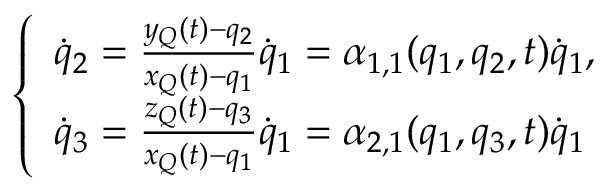
\left\{ \begin{array} { l } { { \dot { q } } _ { 2 } = \frac { y _ { Q } ( t ) - q _ { 2 } } { x _ { Q } ( t ) - q _ { 1 } } { \dot { q } } _ { 1 } = \alpha _ { 1 , 1 } ( q _ { 1 } , q _ { 2 } , t ) { \dot { q } } _ { 1 } , } \\ { { \dot { q } } _ { 3 } = \frac { z _ { Q } ( t ) - q _ { 3 } } { x _ { Q } ( t ) - q _ { 1 } } { \dot { q } } _ { 1 } = \alpha _ { 2 , 1 } ( q _ { 1 } , q _ { 3 } , t ) { \dot { q } } _ { 1 } } \end{array} \right.